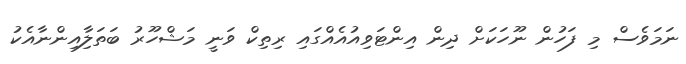
ނަމަވެސް މި ފަހުން ނޫހަކަށް ދިން އިންޓަވިއުއެއްގައި ރިތިކް ވަނީ މަޝްހޫރު ބަތަލާިއިންނާއެކު